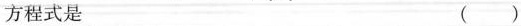
方程式是 （ ）